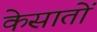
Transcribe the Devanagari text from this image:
केसातों